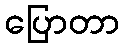
ပြောတာ